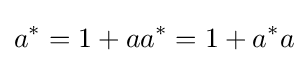
a^{*}=1+aa^{*}=1+a^{*}a